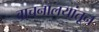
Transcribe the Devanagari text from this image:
वाचनालयांतून